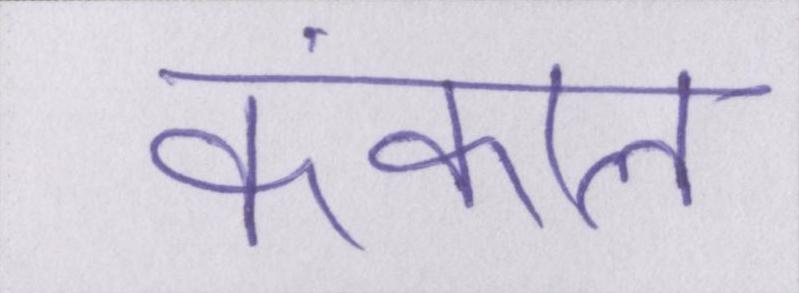
कंकाल